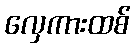
လှေကားထစ်